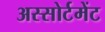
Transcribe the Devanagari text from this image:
अस्सोर्टमेंट